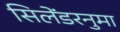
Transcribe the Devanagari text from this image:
सिलेंडरनुमा